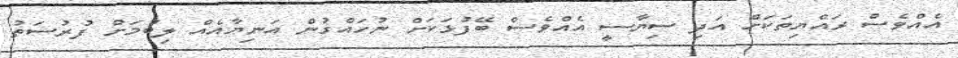
އެއްވެސް ރައްޔިތަކަށް އަދި ސިޔާސީ އެއްވެސް ބޭފުޅަކަށް ނުހައްގުން އަނިޔާއެއް ލިބުމަށް ފުރުސަތު